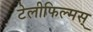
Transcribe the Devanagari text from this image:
टेलीफिल्मस्